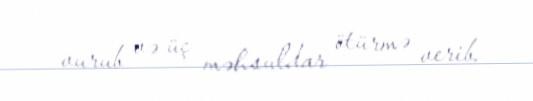
vurub və üç məhsuldar ötürmə verib.